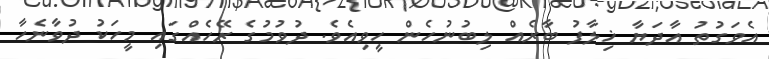
އެވަގުތު އާދަޔާ ޚިލާފު ބާރެއް ލިބުނުހެން ހީވިއެވެ. ދުވުމުގެ ރޭހެއްގައި މީހަކު ދުވާނެހާ